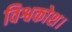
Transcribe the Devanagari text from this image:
विश्वकोश।